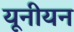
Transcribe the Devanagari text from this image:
यूनीयन